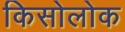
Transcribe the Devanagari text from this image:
किसोलोक